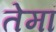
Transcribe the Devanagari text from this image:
तेमां